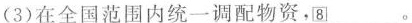
(3)在全国范围内统一调配物资，\underline{\square {7}}。